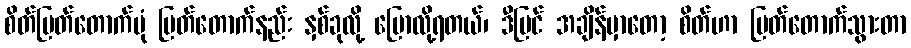
စိတ်ပြတ်တောက်ပုံ ပြတ်တောက်နည်း နှစ်ခုလို့ ပြောလို့ရတယ်၊ ဒီပြင် အချိန်မှာတော့ စိတ်ဟာ ပြတ်တောက်သွားတာ